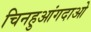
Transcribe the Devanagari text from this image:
चिनहुआंगदाओ